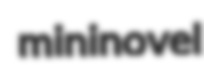
mininovel